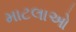
માટલાઓ